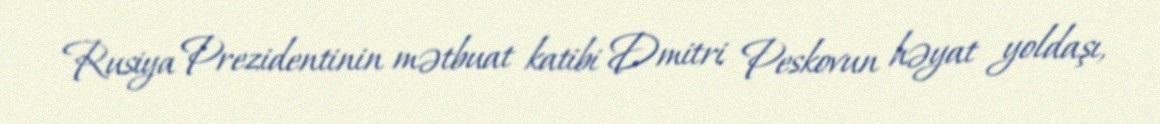
Rusiya Prezidentinin mətbuat katibi Dmitri Peskovun həyat yoldaşı,